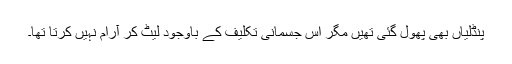
پنڈلیاں بھی پُھول گئی تھیں مگر اس جسمانی تکلیف کے باوجود لیٹ کر آرام نہیں کرتا تھا۔